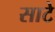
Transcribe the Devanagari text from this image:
साटे